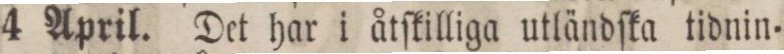
4 April. Det har i åtſkilliga utländſka tidnin=